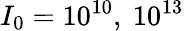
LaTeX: I_{0}=10^{10},\ 10^{13}